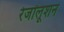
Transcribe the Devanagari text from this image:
रेजॉलूशन